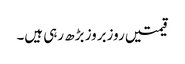
قیمتیں روزبروز بڑھ رہی ہیں۔